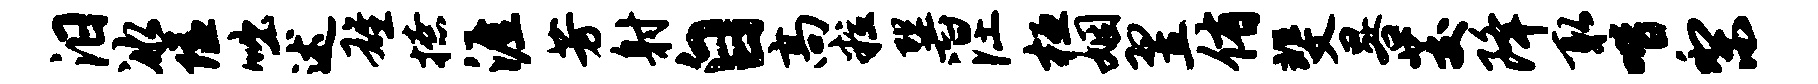
汨冰隘咄述雄撩涯芳射自高粒巽涅桓姻翌侑斐晷茭降取喈梨